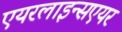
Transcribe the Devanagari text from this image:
एयरलाइन्सएयर